Report on vaccination in the Province of Bengal - 1869-1873
Year: 1869
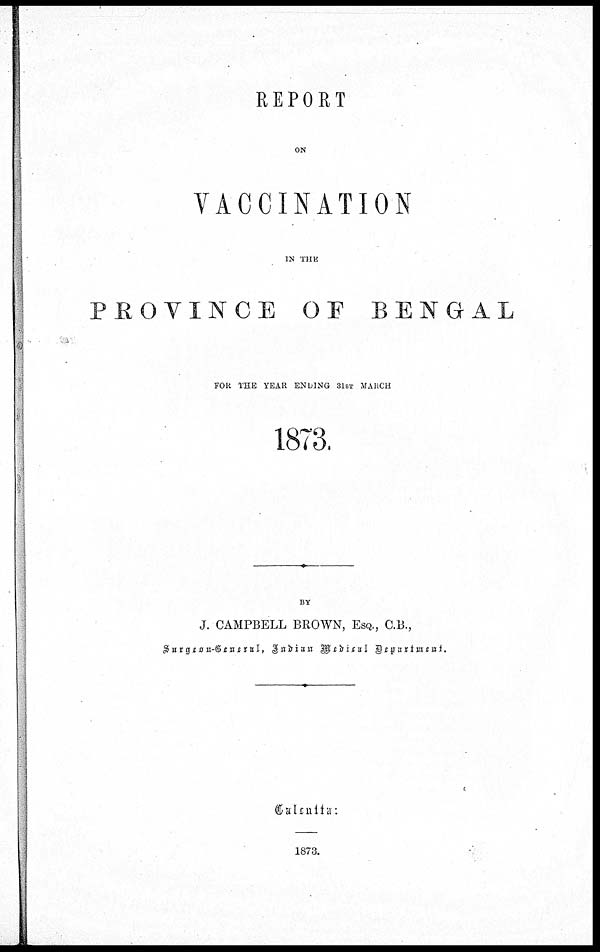
REPORT
ON
VACCINATION
IN THE
PROVINCE OF BENGAL
FOR THE YEAR ENDING 31ST MARCH
1873.
BY
J. CAMPBELL BROWN, ESQ., C.B.,
Surgeon-General, Indian Medical Department.
Calcutta:
1873.